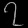
Digit: ၇